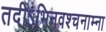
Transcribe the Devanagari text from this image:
तदीऽभिनवश्चनाम्ना